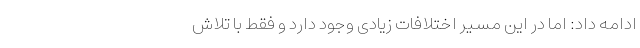
ادامه داد: اما در این مسیر اختلافات زیادی وجود دارد و فقط با تلاش